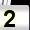
Digit: 2